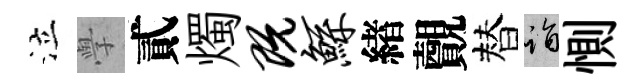
泣𭓕貳燭既鲧緖覿替诣惻